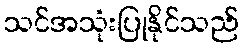
သင်အသုံးပြုနိုင်သည်